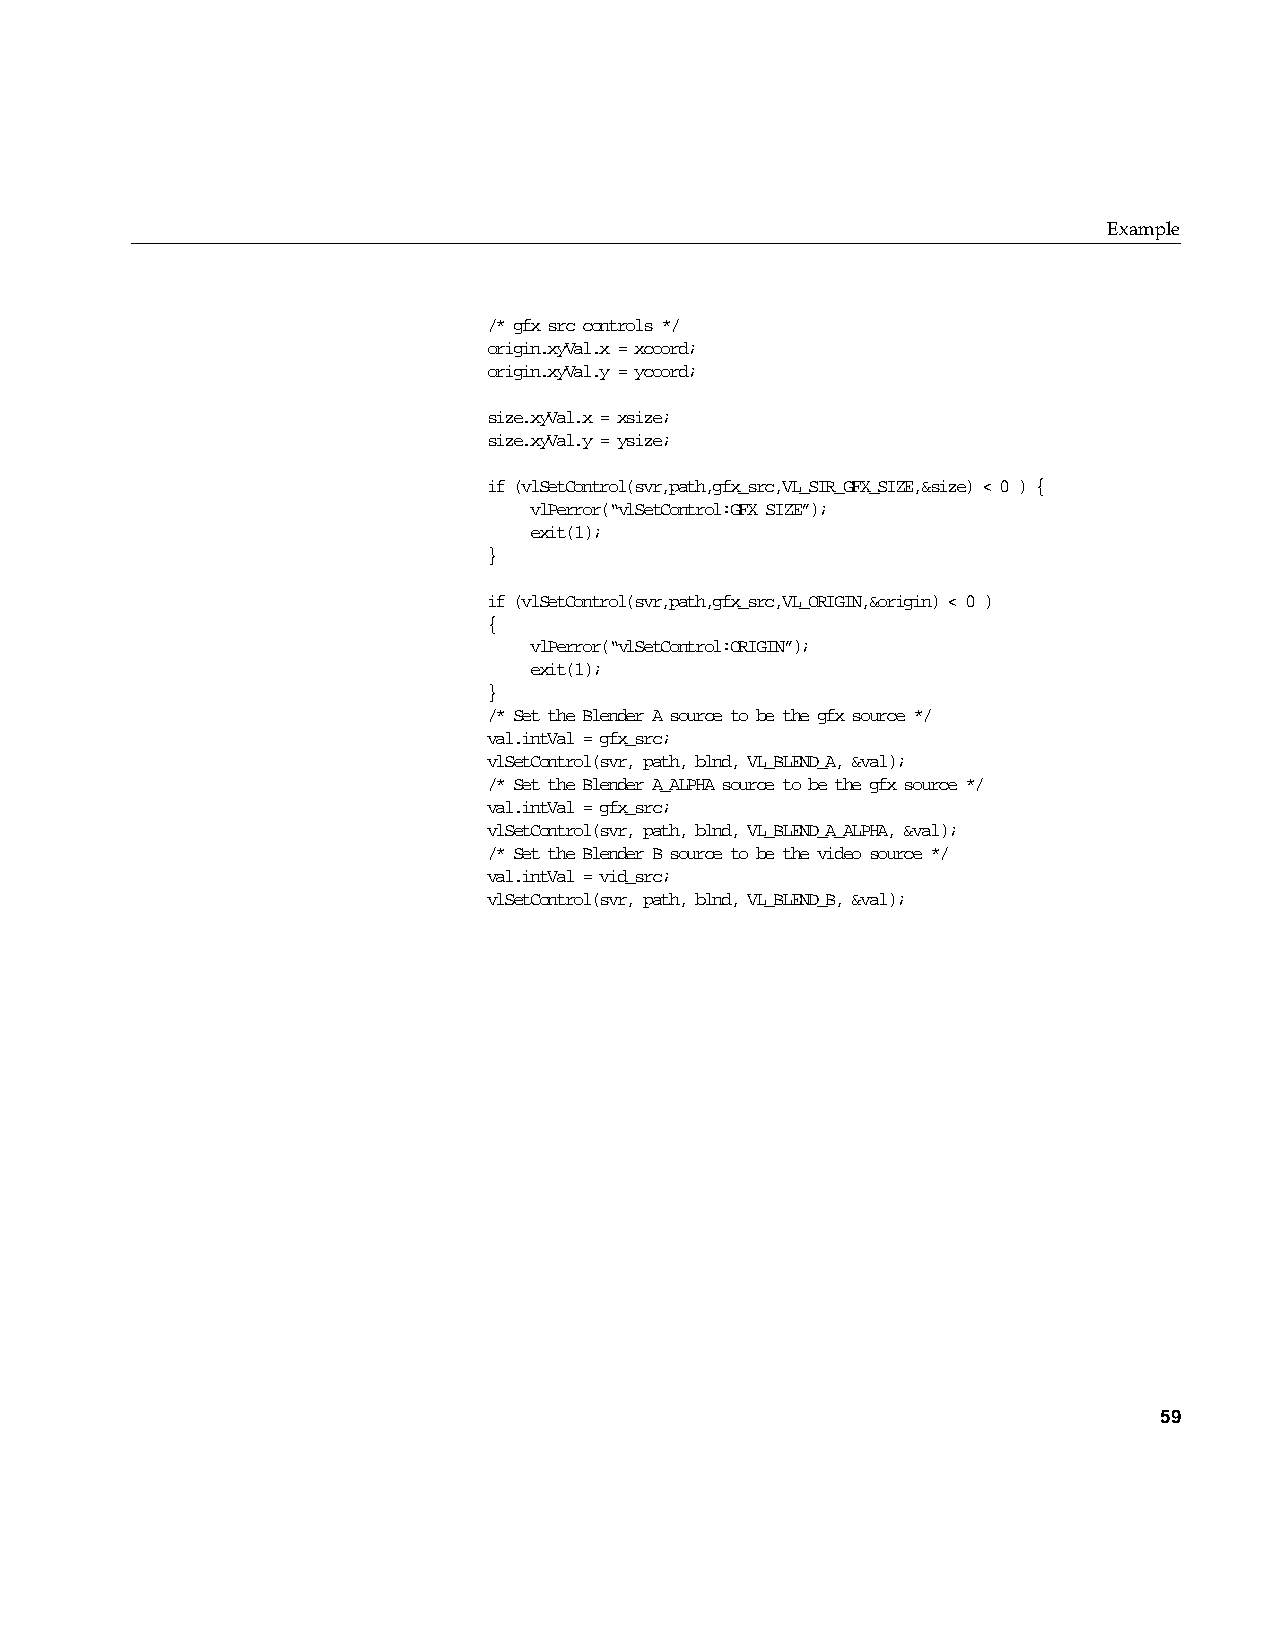
Example
 /* gfx src controls */
 origin.xyVal.x = xcoord;
 origin.xyVal.y = ycoord;
 size.xyVal.x = xsize;
 size.xyVal.y = ysize;
 if (vlSetControl(svr,path,gfx_src,VL_SIR_GFX_SIZE,&size) < 0 ) {
 vlPerror(“vlSetControl:GFX SIZE”);
 exit(1);
 }
 if (vlSetControl(svr,path,gfx_src,VL_ORIGIN,&origin) < 0 )
 {
 vlPerror(“vlSetControl:ORIGIN”);
 exit(1);
 }
 /* Set the Blender A source to be the gfx source */
 val.intVal = gfx_src;
 vlSetControl(svr, path, blnd, VL_BLEND_A, &val);
 /* Set the Blender A_ALPHA source to be the gfx source */
 val.intVal = gfx_src;
 vlSetControl(svr, path, blnd, VL_BLEND_A_ALPHA, &val);
 /* Set the Blender B source to be the video source */
 val.intVal = vid_src;
 vlSetControl(svr, path, blnd, VL_BLEND_B, &val);
 59